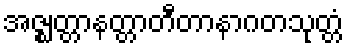
အဇ္ဈတ္တာနတ္တာတီတာနာဂတသုတ္တံ